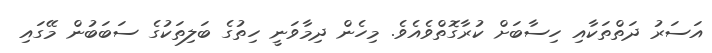
އަސަރު ދަތްތަކާއި ހިސާބަށް ކުރާގޮތްވެއެވެ. މިހެން ދިމާވަނީ ހިތުގެ ބަލިތަކުގެ ސަބަބުން މޭގައި